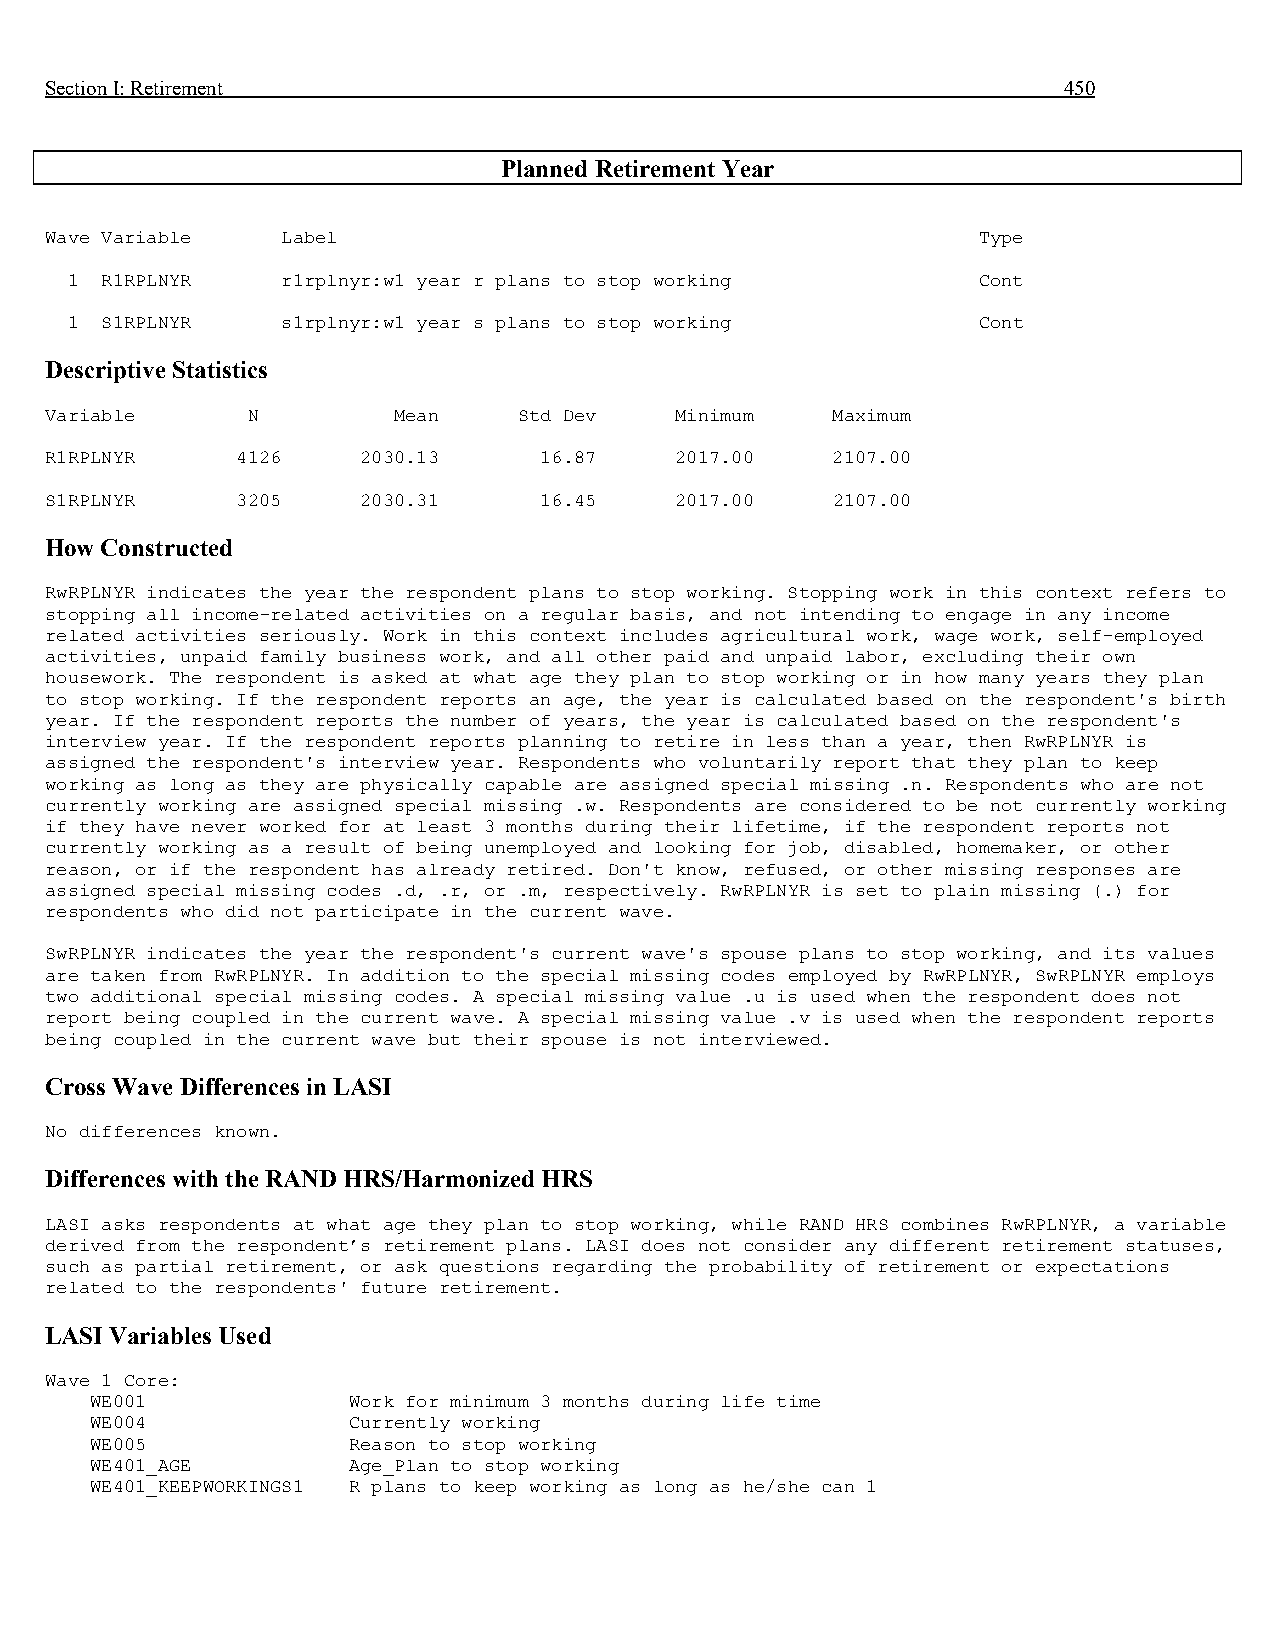
Section I: Retirement                                              450
 Planned Retirement Year
 Wave Variable   Label                                         Type
 1  R1RPLNYR    r1rplnyr:w1 year r plans to stop working      Cont
 1  S1RPLNYR    s1rplnyr:w1 year s plans to stop working      Cont
 Descriptive Statistics
 Variable     N         Mean    Std Dev    Minimum   Maximum
 R1RPLNYR     4126    2030.13     16.87    2017.00   2107.00
 S1RPLNYR     3205    2030.31     16.45    2017.00   2107.00
 How Constructed
 RwRPLNYR indicates the year the respondent plans to stop working. Stopping work in this context refers to
 stopping all income-related activities on a regular basis, and not intending to engage in any income
 related activities seriously. Work in this context includes agricultural work, wage work, self-employed
 activities, unpaid family business work, and all other paid and unpaid labor, excluding their own
 housework. The respondent is asked at what age they plan to stop working or in how many years they plan
 to stop working. If the respondent reports an age, the year is calculated based on the respondent's birth
 year. If the respondent reports the number of years, the year is calculated based on the respondent's
 interview year. If the respondent reports planning to retire in less than a year, then RwRPLNYR is
 assigned the respondent's interview year. Respondents who voluntarily report that they plan to keep
 working as long as they are physically capable are assigned special missing .n. Respondents who are not
 currently working are assigned special missing .w. Respondents are considered to be not currently working
 if they have never worked for at least 3 months during their lifetime, if the respondent reports not
 currently working as a result of being unemployed and looking for job, disabled, homemaker, or other
 reason, or if the respondent has already retired. Don't know, refused, or other missing responses are
 assigned special missing codes .d, .r, or .m, respectively. RwRPLNYR is set to plain missing (.) for
 respondents who did not participate in the current wave.
 SwRPLNYR indicates the year the respondent's current wave's spouse plans to stop working, and its values
 are taken from RwRPLNYR. In addition to the special missing codes employed by RwRPLNYR, SwRPLNYR employs
 two additional special missing codes. A special missing value .u is used when the respondent does not
 report being coupled in the current wave. A special missing value .v is used when the respondent reports
 being coupled in the current wave but their spouse is not interviewed.
 Cross Wave Differences in LASI
 No differences known.
 Differences with the RAND HRS/Harmonized HRS
 LASI asks respondents at what age they plan to stop working, while RAND HRS combines RwRPLNYR, a variable
 derived from the respondent’s retirement plans. LASI does not consider any different retirement statuses,
 such as partial retirement, or ask questions regarding the probability of retirement or expectations
 related to the respondents' future retirement.
 LASI Variables Used
 Wave 1 Core:
 WE001            Work for minimum 3 months during life time
 WE004            Currently working
 WE005            Reason to stop working
 WE401_AGE        Age_Plan to stop working
 WE401_KEEPWORKINGS1 R plans to keep working as long as he/she can 1